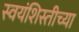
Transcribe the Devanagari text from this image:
स्वयंशिस्तीच्या